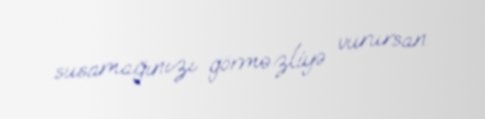
susamağınızı görməzliyə vurursan.